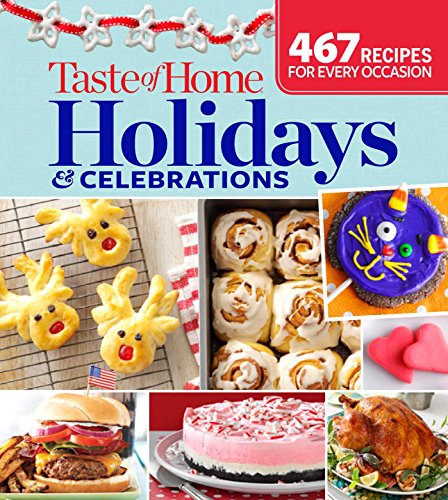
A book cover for Taste of Home Holidays & Celebrations: 467 Recipes For Every Occassion; Taste of Home Taste of Home; Cookbooks, Food & Wine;